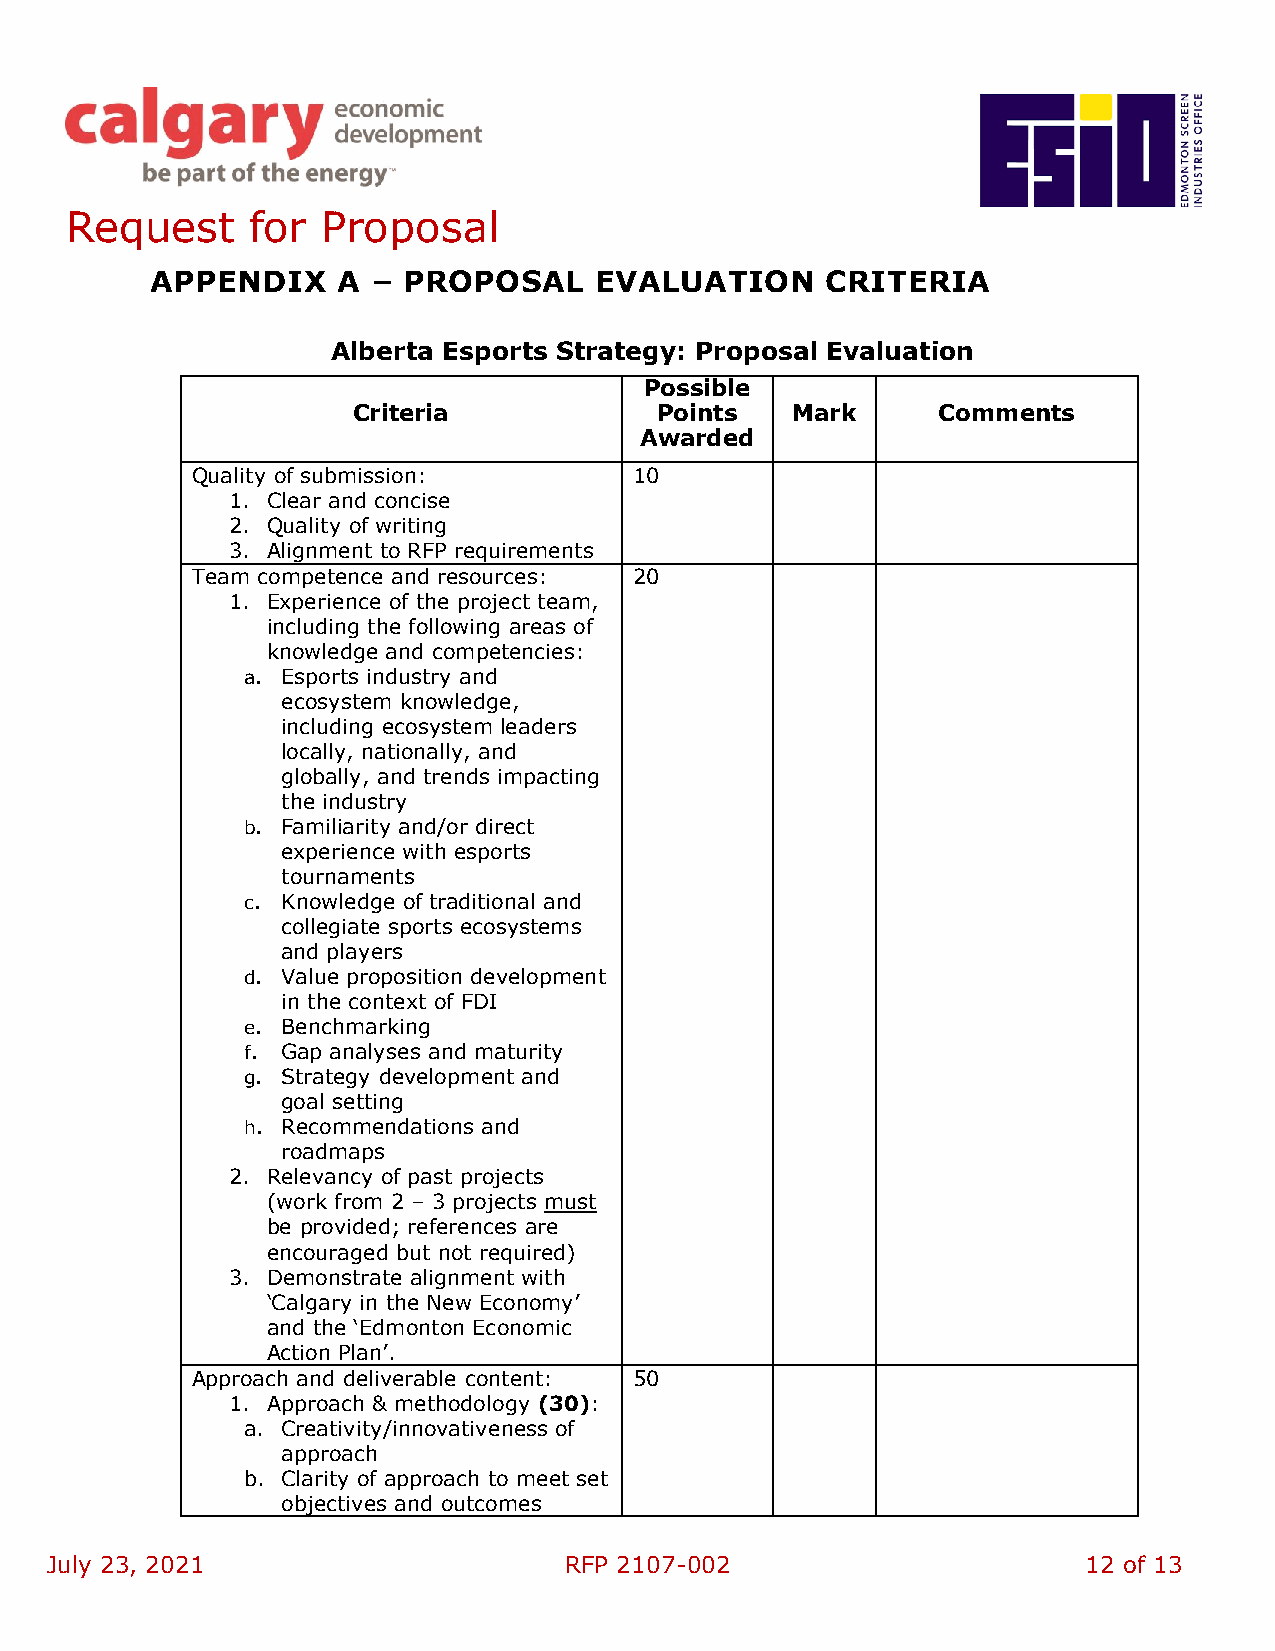
Request      for Proposal
 APPENDIX    A  – PROPOSAL    EVALUATION      CRITERIA
 Alberta Esports Strategy: Proposal Evaluation
 Possible
 Criteria             Points  Mark      Comments
 Awarded
 Quality of submission:       10
 1. Clear and concise
 2. Quality of writing
 3. Alignment to RFP requirements
 Team competence and resources: 20
 1. Experience of the project team,
 including the following areas of
 knowledge and competencies:
 a. Esports industry and
 ecosystem knowledge,
 including ecosystem leaders
 locally, nationally, and
 globally, and trends impacting
 the industry
 b. Familiarity and/or direct
 experience with esports
 tournaments
 c. Knowledge of traditional and
 collegiate sports ecosystems
 and players
 d. Value proposition development
 in the context of FDI
 e. Benchmarking
 f. Gap analyses and maturity
 g. Strategy development and
 goal setting
 h. Recommendations and
 roadmaps
 2. Relevancy of past projects
 (work from 2 – 3 projects must
 be provided; references are
 encouraged but not required)
 3. Demonstrate alignment with
 ‘Calgary in the New Economy’
 and the ‘Edmonton Economic
 Action Plan’.
 Approach and deliverable content: 50
 1. Approach & methodology (30):
 a. Creativity/innovativeness of
 approach
 b. Clarity of approach to meet set
 objectives and outcomes
 July 23, 2021                     RFP 2107-002                       12 of 13